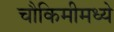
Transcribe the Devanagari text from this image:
चौकिमीमध्ये